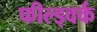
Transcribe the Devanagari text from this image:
फील्ड्वर्क